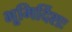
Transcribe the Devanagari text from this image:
भूमिर्दिशः